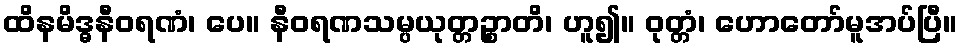
ထိနမိဒ္ဓနီဝရဏံ၊ ပေ။ နီဝရဏသမ္ပယုတ္တဉ္စာတိ၊ ဟူ၍။ ဝုတ္တံ၊ ဟောတော်မူအပ်ပြီ။